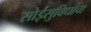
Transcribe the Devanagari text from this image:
सोईसुविधांचा